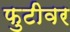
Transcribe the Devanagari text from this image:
फुटीवर